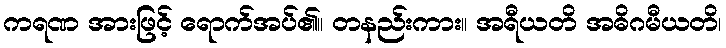
ကရဏ အားဖြင့် ရောက်အပ်၏။ တနည်းကား။ အရီယတိ အဓိဂမီယတိ၊